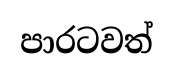
පාරටවත්